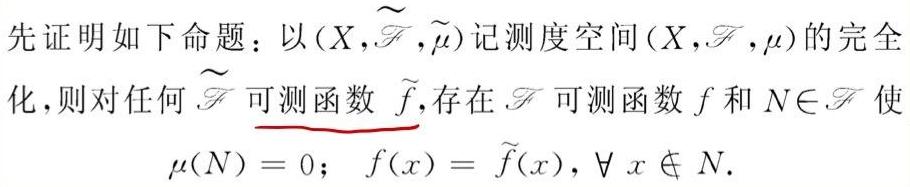
先证明如下命题：以$(X,\widetilde{\mathscr{F}},\widetilde{\mu})$记测度空间$(X,\mathscr{F},\mu)$的完全化，则对任何$\widetilde{\mathscr{F}}$可测函数$\widetilde{f}$，存在$\mathscr{F}$可测函数$f$和$N\in\mathscr{F}$使
\[
\mu(N)=0;\quad f(x)=\widetilde{f}(x),\ \forall\ x\notin N.
\]